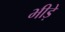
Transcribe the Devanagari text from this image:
भीड़े